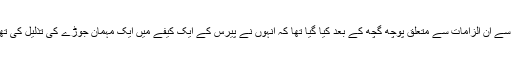
ایسا ان کی گرفتاری اور فرانسیسی پولیس کی طرف سے گالیانو سے ان الزامات سے متعلق پوچھ گچھ کے بعد کیا گیا تھا کہ انہوں نے پیرس کے ایک کیفے میں ایک مہمان جوڑے کی تذلیل کی تھی اور ساتھ ہی غصے میں سامیت دشمن کلمات بھی کہے تھے۔